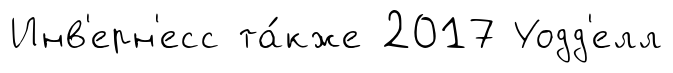
Инв'ерн'есс та́кже 2017 Уодд'елл